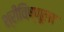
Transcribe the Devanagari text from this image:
श्रीविष्णूला